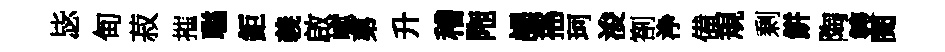
毖甸菽摧聮鉅義啟巘苐升稽陁謁摇珂浚劄浄備規剰餅陶䨇閱